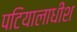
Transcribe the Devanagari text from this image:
पटियालाधीश